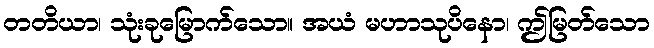
တတိယာ၊ သုံးခုမြောက်သော။ အယံ မဟာသုပိနော၊ ဤမြတ်သော